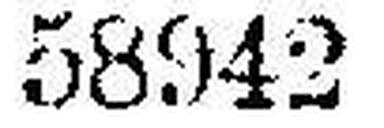
58942 59615